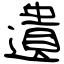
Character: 遺